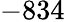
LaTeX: -834